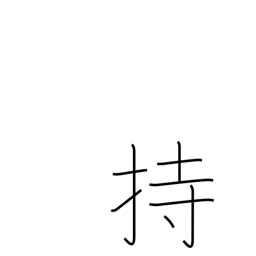
Meaning: have